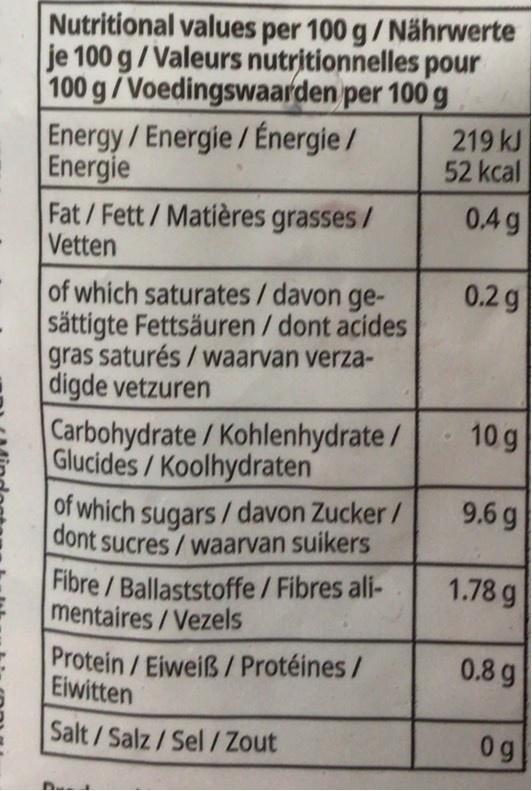
Nutritional values per 100 g/Nährwerte je 100 g/Valeurs nutritionnelles pour 100 g/Voedingswaarden per 100 g Energy/Energie/Énergie / Energie Fat/Fett/Matières grasses/ Vetten
219 kJ 52 kcal
0.4 g
0.2 g
of which saturates/davon ge- sättigte Fettsäuren / dont acides gras saturés / waarvan verza- digde vetzuren
10 g
Carbohydrate/Kohlenhydrate/ Glucides/Koolhydraten
9.6 g
of which sugars/ davon Zucker/ dont sucres/waarvan suikers
1.78 g
Fibre/Ballaststoffe / Fibres ali- mentaires/Vezels
0.8 g
Protein/Eiweiß / Protéines/ Eiwitten
Salt/Salz/Sel/Zout
0g